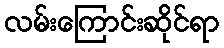
လမ်းကြောင်းဆိုင်ရာ